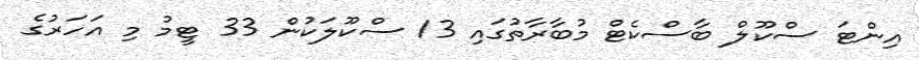
އިންޓަ ސްކޫލް ބާސްކެޓް މުބާރާތުގައި 13 ސްކޫލަކުން 33 ޓީމު މި އަހަރުގެ